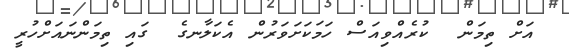
އަށް ތިމަން  ކުރެއްވިއަސް ހަމަކަށަވަރުން އެކަލާނގެ  ގައި ތިމަންނައަށްހުރީ